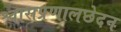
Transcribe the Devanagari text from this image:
श्वासप्रणालछेदन